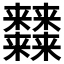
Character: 𰙉